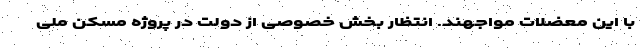
با این معضلات مواجهند. انتظار بخش خصوصی از دولت در پروژه مسکن ملی